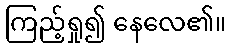
ကြည့်ရှု၍ နေလေ၏။